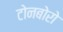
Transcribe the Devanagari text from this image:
टोनबोरो